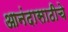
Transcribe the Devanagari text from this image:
आनंदासाठीचे